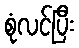
စုံလင်ပြီး